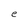
Character: e